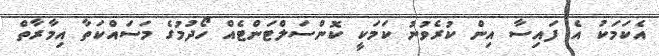
އެކަމަކު އެ ފައިސާ އިން ކުރެވުނު ކަމަކީ ކޮންސަލްޓަންޓެއް ހޯދުމުގެ މަސައްކަތާ އިމާރާތް